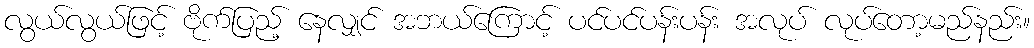
လွယ်လွယ်ဖြင့် ဗိုက်ပြည့် နေလျှင် အဘယ်ကြောင့် ပင်ပင်ပန်းပန်း အလုပ် လုပ်တော့မည်နည်း။